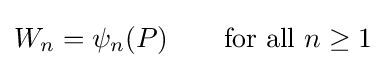
W_{n}=\psi _{n}(P)\qquad {\text{for all}}~n\geq 1